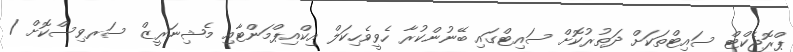
ޕްރޮޖެކްޓް ސައިޓްތަކަށް ދަތުރުކޮށް ސައިޓްގައި ބޭނުންކުރާ ހެވީވެހިކަލް އިކްއިޕްމަންޓާއި މެޝިނަރީޒް ސަރވިސްކޮށް /